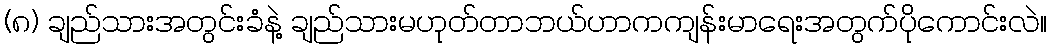
(၈) ချည်သားအတွင်းခံနဲ့ ချည်သားမဟုတ်တာဘယ်ဟာကကျန်းမာရေးအတွက်ပိုကောင်းလဲ။